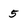
Character: 5